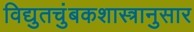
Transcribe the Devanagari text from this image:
विद्युतचुंबकशास्त्रानुसार